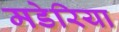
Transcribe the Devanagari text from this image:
मडेरिया